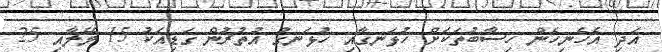
އަދި އެހެނިހެން ހިސާބުތަކަށް ހުޅަނގާއި ހުޅަނގު އުތުރުން ގަޑިއަކު 15 މޭލާއި 25